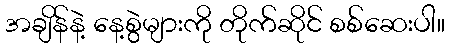
အချိန်နဲ့ နေ့စွဲများကို တိုက်ဆိုင် စစ်ဆေးပါ။